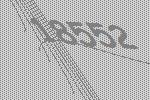
18552